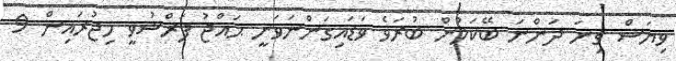
ވިޔަސް ގިނަ ދަންނަ ބޭކަލުން ބުރަވެ ވަޑައިގަންނަވަނީ ޙައްޖު ފަރްޟުވީ ހިޖުރައިން 9